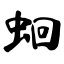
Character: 蛔